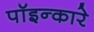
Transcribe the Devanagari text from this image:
पॉइन्कारे